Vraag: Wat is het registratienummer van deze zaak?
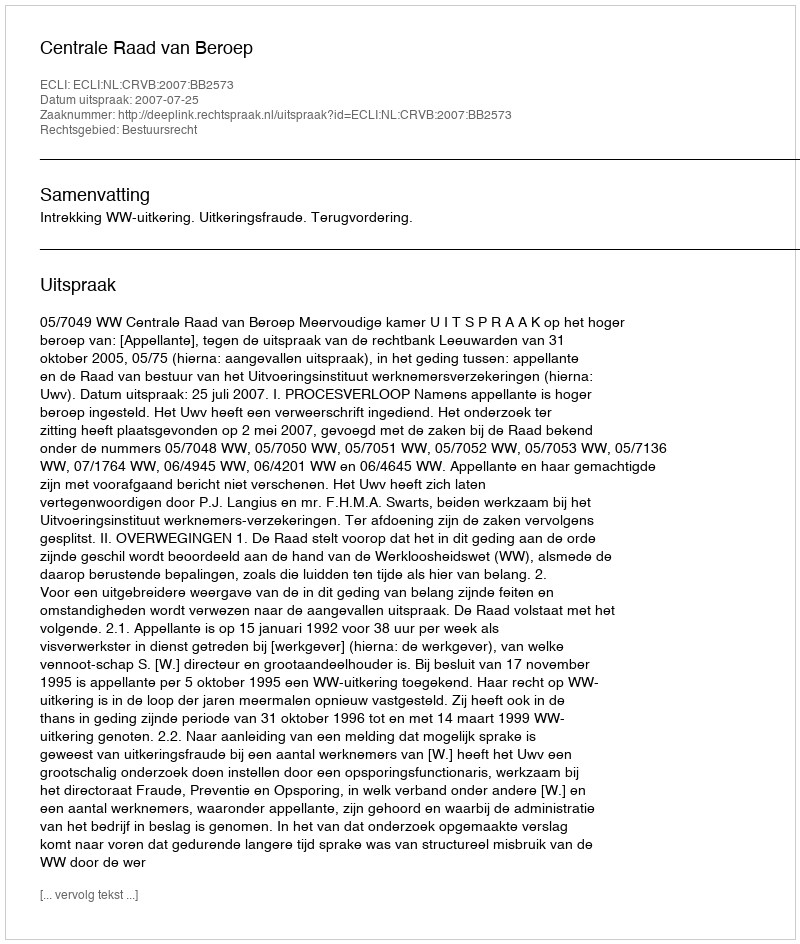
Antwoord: http://deeplink.rechtspraak.nl/uitspraak?id=ECLI:NL:CRVB:2007:BB2573